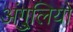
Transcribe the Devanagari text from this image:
अंगु्लियों